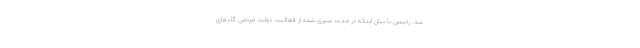
شد. رئیسی با بیان اینکه در مدت سپری شده از فعالیت دولت مردمی گام‌های